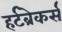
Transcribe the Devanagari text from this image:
हर्टब्रेकर्स